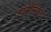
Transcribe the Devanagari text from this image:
शासीनिकाय